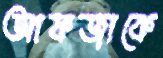
আফজাকে